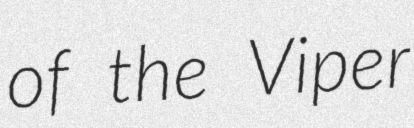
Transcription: of the Viper